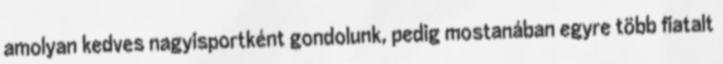
amolyan kedves nagyisportként gondolunk, pedig mostanában egyre több fiatalt